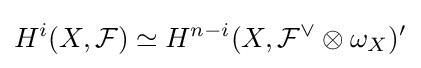
H^{i}(X,{\mathcal {F}})\simeq H^{n-i}(X,{\mathcal {F}}^{\vee }\otimes \omega _{X})'